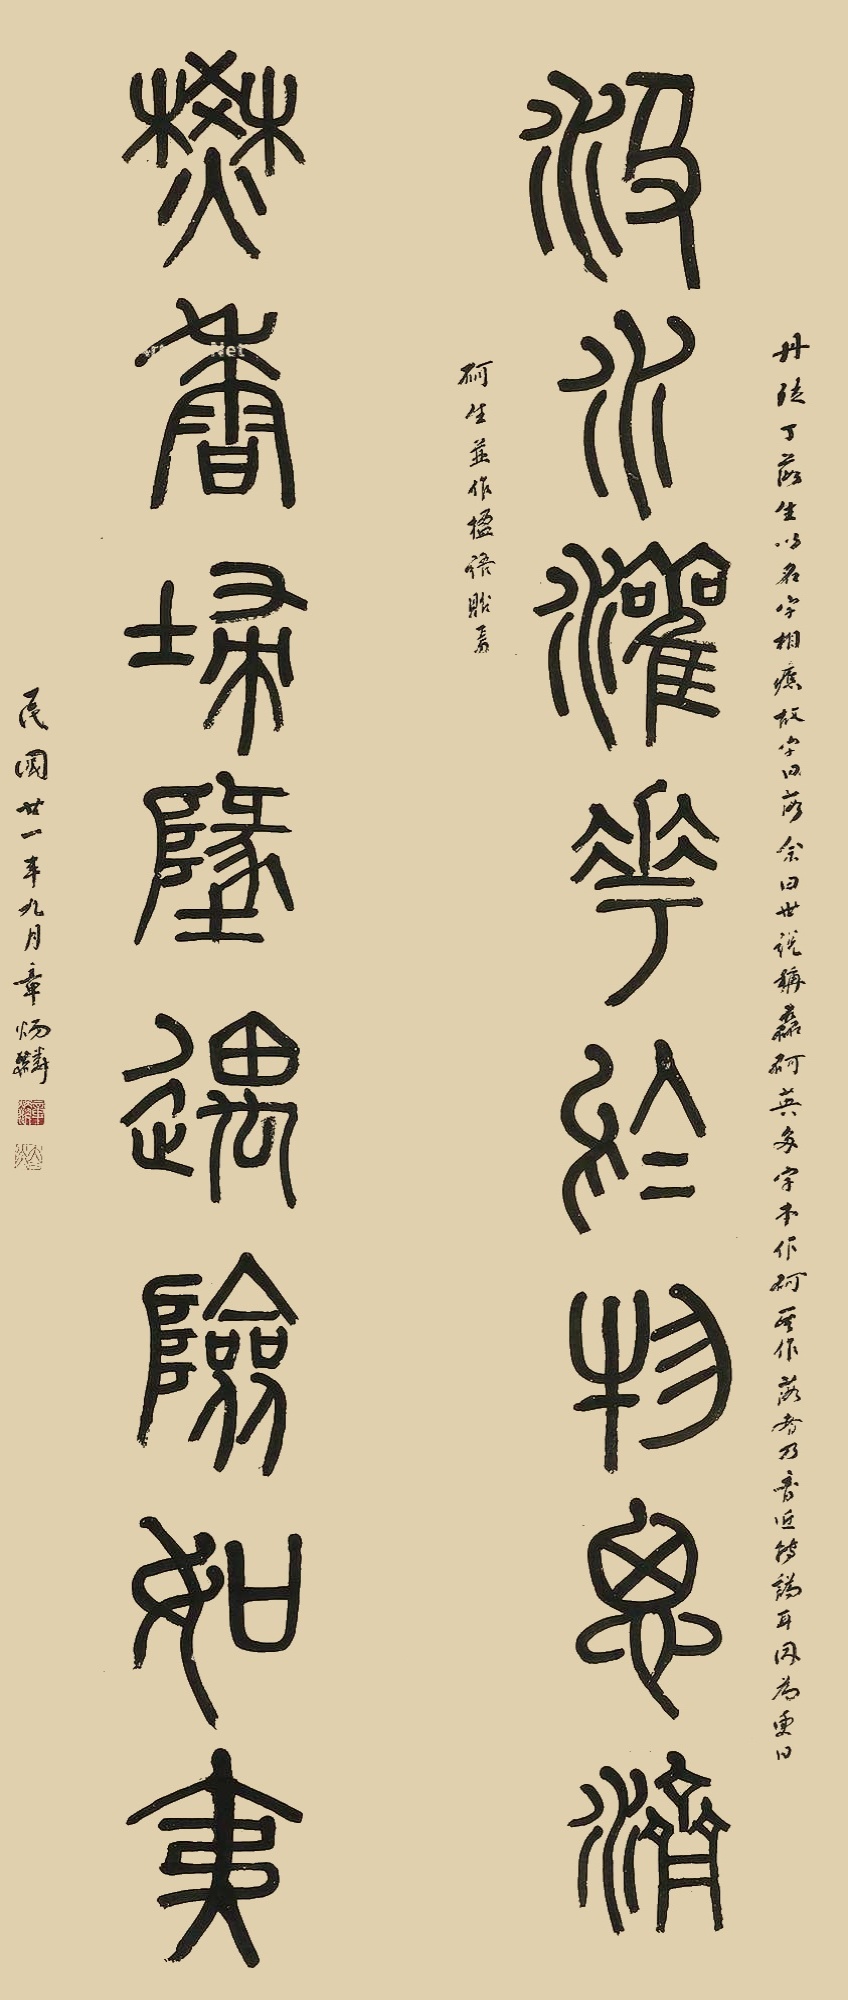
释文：汲水灌花于物思济，焚香埽墬遇险如夷。丹徒丁落生以名字相应，故字曰落，余曰：世说称磊砢英多，字本作砢，其作落者乃音近，转讹耳。因为更曰：砢生，并作楹语贻焉。民国廿一年九月章炳麟。